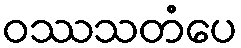
ဝဿသတံပေ